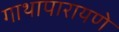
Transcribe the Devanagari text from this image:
गाथापारायणे